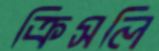
ক্রিসলি